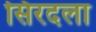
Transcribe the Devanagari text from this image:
सिरदला